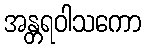
အန္တရဝါသကော